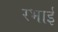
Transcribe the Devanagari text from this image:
रभाई